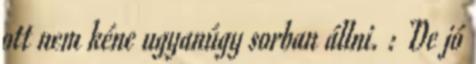
ott nem kéne ugyanúgy sorban állni. : De jó